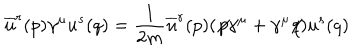
\overline { { { u } } } ^ { r } ( p ) \gamma ^ { \mu } u ^ { s } ( q ) = \frac { 1 } { 2 m } \overline { { { u } } } ^ { r } ( p ) ( \not { \! p } \gamma ^ { \mu } + \gamma ^ { \mu } \! \! \not { \! q } ) u ^ { s } ( q )